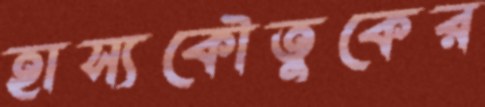
হাস্যকৌতুকের